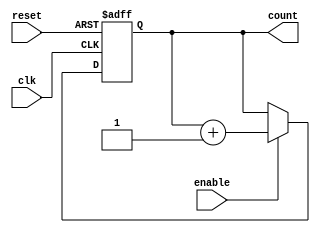
module cascaded_counter #(parameter N = 4) (
    input wire clk,           // Clock signal
    input wire reset,         // Asynchronous reset signal
    input wire enable,        // Enable signal
    output wire [N-1:0] count // Counter output
);

    // Declare flip-flops
    reg [N-1:0] counter;

    // Assign the counter output
    assign count = counter;

    // Always block triggered on the rising edge of the clock
    always @(posedge clk or posedge reset) begin
        if (reset) begin
            counter <= 0; // Reset all flip-flops to zero
        end else if (enable) begin
            // Counting logic: Increment the counter
            counter <= counter + 1;
        end
    end

endmodule